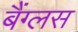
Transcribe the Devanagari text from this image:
बैंग्लस